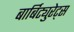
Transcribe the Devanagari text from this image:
बार्बिट्युरेट्स